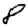
Digit: 8